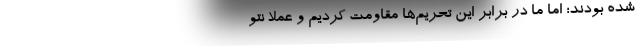
شده بودند؛ امّا ما در برابر این تحریم‌ها مقاومت کردیم و عملاً نتو